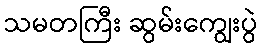
သမတကြီး ဆွမ်းကျွေးပွဲ